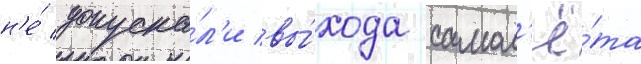
н'е́ допуска́л'и вы́хода самол'ё́та